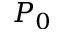
P _ { 0 }